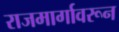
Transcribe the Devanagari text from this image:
राजमार्गावरून